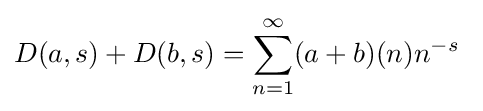
D(a,s)+D(b,s)=\sum _{n=1}^{\infty }(a+b)(n)n^{-s}\